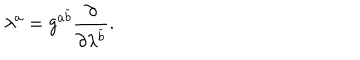
LaTeX: \lambda ^ { a } = g ^ { a \bar { b } } { \frac { \partial } { \partial \lambda ^ { \bar { b } } } } .